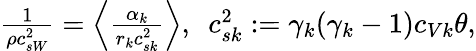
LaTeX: \begin{array}{r}{\frac{1}{\rho c_{sW}^{2}}=\Big\langle\frac{\alpha_{k}}{r_{k}c_{sk}^{2}}\Big\rangle,\ \ c_{sk}^{2}:=\gamma_{k}(\gamma_{k}-1)c_{Vk}\theta,}\end{array}